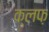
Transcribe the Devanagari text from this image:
क्लफ़